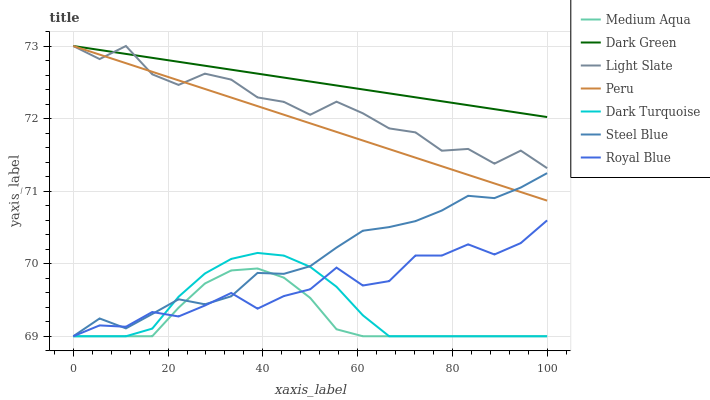
| xaxis_label | Medium Aqua | Dark Green | Light Slate | Peru | Dark Turquoise | Steel Blue | Royal Blue |
 | --- | --- | --- | --- | --- | --- | --- | --- |
 | 0 | 69 | 73 | 73 | 73 | 69 | 69 | 69 |
 | 5.56 | 69 | 72.9 | 72.8 | 72.9 | 69 | 69.2 | 69.1 |
 | 11.1 | 69 | 72.9 | 73 | 72.8 | 69 | 69.1 | 69.1 |
 | 16.7 | 69 | 72.8 | 72.6 | 72.6 | 69.1 | 69.3 | 69.3 |
 | 22.2 | 69.4 | 72.8 | 72.5 | 72.5 | 69.5 | 69.5 | 69.3 |
 | 27.8 | 69.7 | 72.7 | 72.6 | 72.4 | 69.9 | 69.4 | 69.4 |
 | 33.3 | 69.9 | 72.7 | 72.5 | 72.3 | 70.1 | 69.6 | 69.6 |
 | 38.9 | 69.9 | 72.6 | 72.3 | 72.2 | 70.1 | 69.9 | 69.4 |
 | 44.4 | 69.8 | 72.6 | 72.2 | 72.1 | 70.1 | 69.9 | 69.6 |
 | 50 | 69.5 | 72.5 | 72.1 | 71.9 | 70 | 70 | 69.6 |
 | 55.6 | 69.1 | 72.5 | 72.2 | 71.8 | 69.7 | 70.2 | 69.9 |
 | 61.1 | 69 | 72.4 | 72.1 | 71.7 | 69.3 | 70.5 | 69.7 |
 | 66.7 | 69 | 72.3 | 71.9 | 71.6 | 69 | 70.5 | 69.8 |
 | 72.2 | 69 | 72.3 | 71.8 | 71.5 | 69 | 70.6 | 70.1 |
 | 77.8 | 69 | 72.2 | 71.6 | 71.3 | 69 | 70.7 | 70.1 |
 | 83.3 | 69 | 72.2 | 71.6 | 71.2 | 69 | 70.9 | 70.3 |
 | 88.9 | 69 | 72.1 | 71.4 | 71.1 | 69 | 70.9 | 70.1 |
 | 94.4 | 69 | 72.1 | 71.6 | 71 | 69 | 71 | 70.3 |
 | 100 | 69 | 72 | 71.3 | 70.9 | 69 | 71.2 | 70.6 |